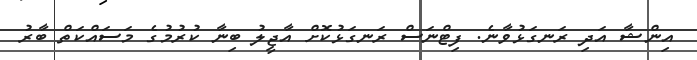
އިންޝާ އަދި ރަނގަޅުވާނެ. ފިޓްނަސް ރަނގަޅުކޮށް އާޖީލު ބިނާ ކުރުމުގެ މަސައްކަތް ބާރު